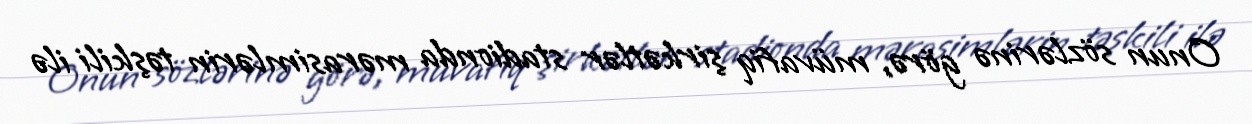
Onun sözlərinə görə, müvafiq şirkətlər stadionda mərasimlərin təşkili ilə